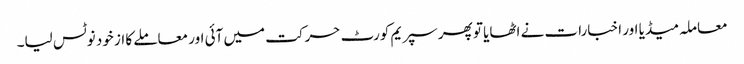
معاملہ میڈیا اور اخبارات نے اٹھایا تو پھر سپریم کورٹ حرکت میں آئی اور معاملے کا از خود نوٹس لیا۔